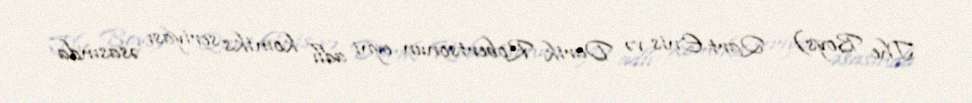
The Boys) - Qart Enis və Darik Robertsonun eyni adlı komiks seriyası əsasında